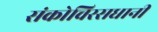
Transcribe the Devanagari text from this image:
संकोचिरसधानी